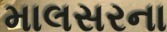
માલસરના